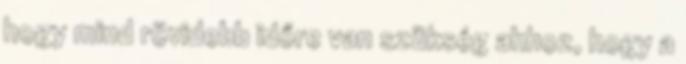
hogy mind rövidebb időre van szükség ahhoz, hogy a